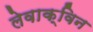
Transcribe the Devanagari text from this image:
लेवाक्विन